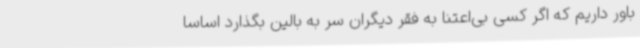
باور داریم که اگر کسی بی‌اعتنا به فقر دیگران سر به بالین بگذارد اساسا